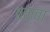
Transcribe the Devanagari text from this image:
तम्बा